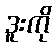
ဒူးကို